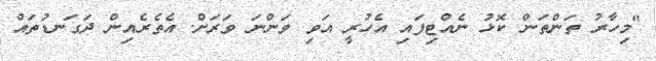
"މިހާރު ތަންތަން ކޮޅު ނެއްޓިފައި އެހުރީ އަވި ވަންނަ ވަރަށް. އެތެރެއިން ދަގަނޑުތައް